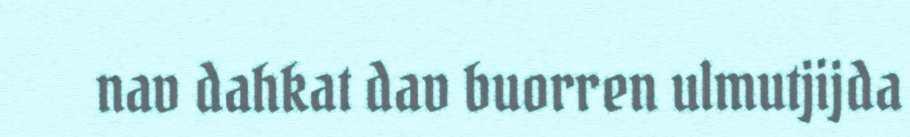
nav dahkat dav buorren ulmutjijda